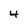
Character: 4